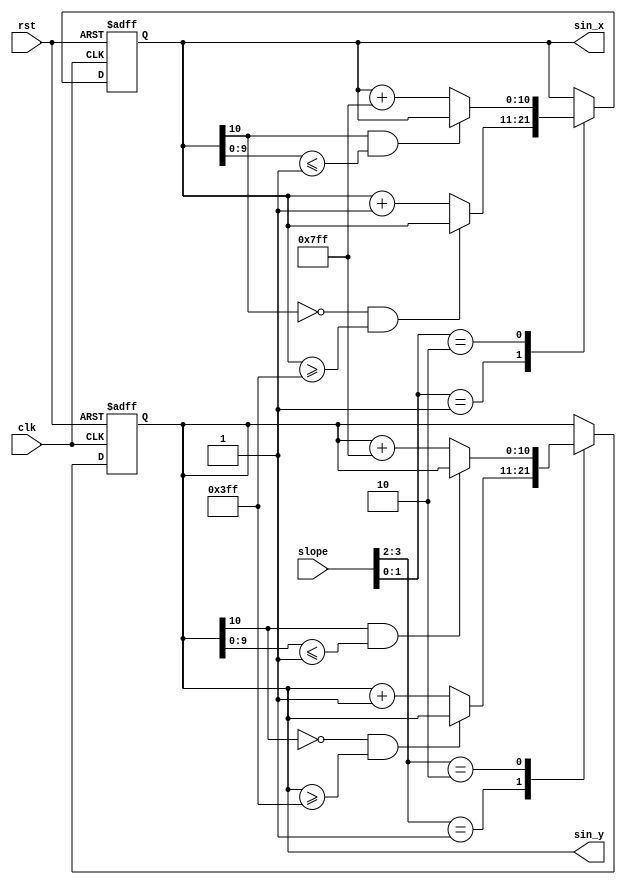
module solve_sin(
    input clk,
    input rst,
    input [3:0] slope,
    output [10:0] sin_x,
    output [10:0] sin_y
);
    reg [10:0] y = 11'd0;
    reg [10:0] x = 11'd0;
    
    // everytime button pressed,
    // sin ++

    // Horizontal
    always @(posedge clk or negedge rst)begin
        if(!rst)begin
            x <= 11'd0;
        end
        else begin
            case(slope[1:0])
            2'b01:begin
                x <= (x[10]==1'b0 && x >= {1'b0,10'b1111111111}) ? x : x + 11'b1;
            end
            2'b10:begin
                x <= (x[10]==1'b1 && x[9:0] <= 10'b1) ? x : x + 11'b11111111111;
            end
            endcase
        end
    end

    //  Vertical
    always @(posedge clk or negedge rst)begin
        if(!rst)begin
            y <= 11'd0;
        end
        else begin
            case(slope[3:2])
            2'b01:begin
                y <= (y[10]==1'b0 && y >= {1'b0,10'b1111111111}) ? y : y+11'b1;
            end
            2'b10:begin
                y <= (y[10]==1'b1 && y[9:0] <= 10'b1) ? y : y + 11'b11111111111;
            end     
            endcase
        end
    end

    assign sin_y = y;
    assign sin_x = x;
    
endmodule //